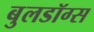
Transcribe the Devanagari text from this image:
बुलडॉग्स